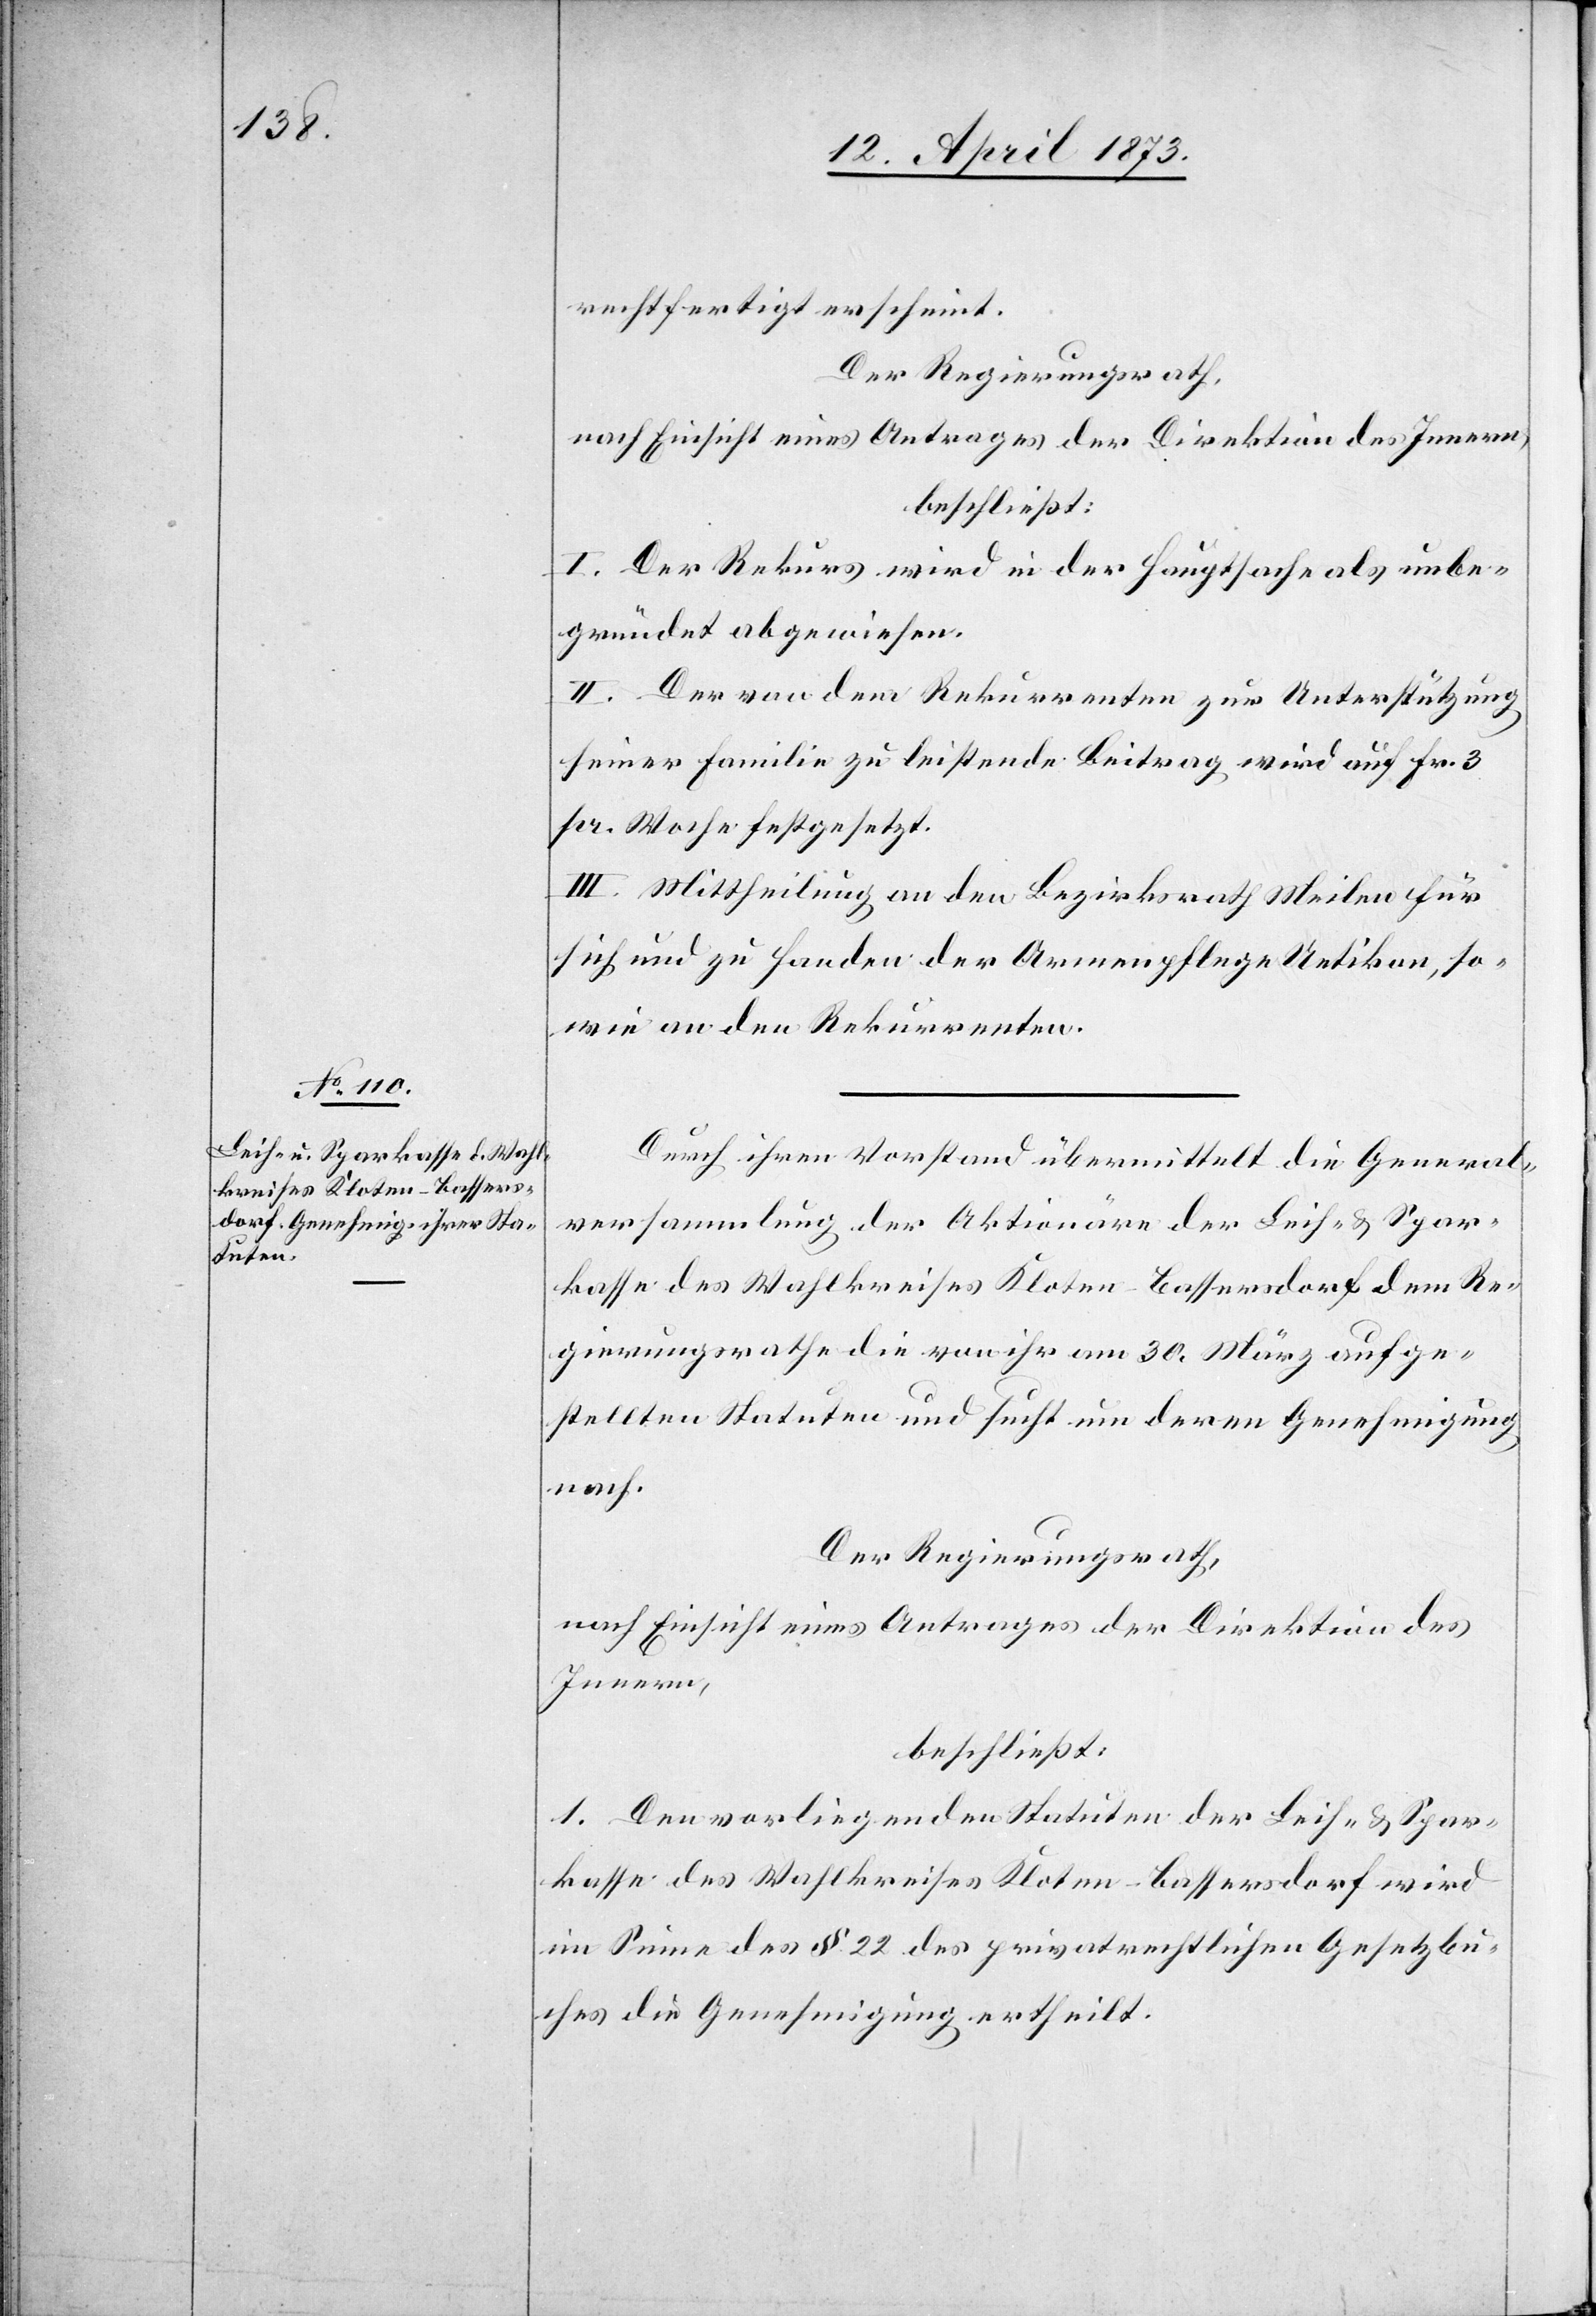
rechtfertigt erscheint.
Der Regierungsrath,
nach Einsicht eines Antrages der Direktion des Innern,
beschließt:
I. Der Rekurs wird in der Hauptsache als unbe¬
gründet abgewiesen.
II. Der von dem Rekurrenten zur Unterstützung
seiner Familie zu leistende Beitrag wird auf Fr. 3
pr. Woche festgesetzt.
III. Mittheilung an den Bezirksrath Meilen für
sich und zu Handen der Armenpflege Uetikon, so¬
wie an den Rekurrenten.
Durch ihren Vorstand übermittelt die General¬
versammlung der Aktionäre der Leih- & Spar¬
kasse des Wahlkreises Kloten-Bassersdorf dem Re¬
gierungsrathe die von ihr am 30. März aufge¬
stellten Statuten und sucht um deren Genehmigung
nach.
Der Regierungsrath,
nach Einsicht eines Antrages der Direktion des
Innern,
beschließt:
1. Den vorliegenden Statuten der Leih- & Spar¬
kasse des Wahlkreises Kloten-Bassersdorf wird
im Sinne des § 22 des privatrechtlichen Gesetzbu¬
ches die Genehmigung ertheilt.